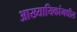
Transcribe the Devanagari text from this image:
आख्यायिकांमधील